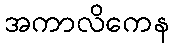
အကာလိကေန